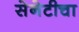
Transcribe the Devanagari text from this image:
सेनेटीचा